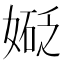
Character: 𫱑